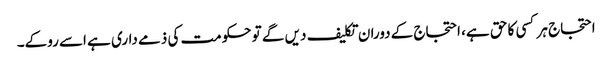
احتجاج ہر کسی کا حق ہے، احتجاج کے دوران تکلیف دیں گے تو حکومت کی ذمے داری ہے اسے روکے۔